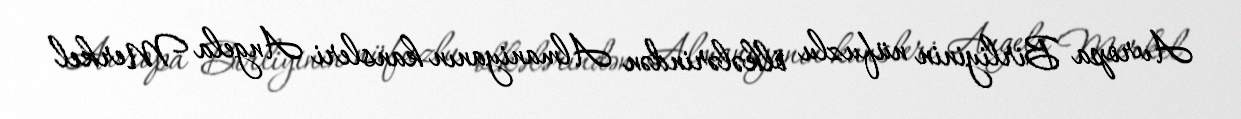
Avropa Birliyinin nüfuzlu ölkələrindən Almaniyanın kansleri Angela Merkel